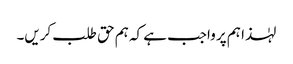
لہٰذا ہم پر واجب ہے کہ ہم حق طلب کریں۔